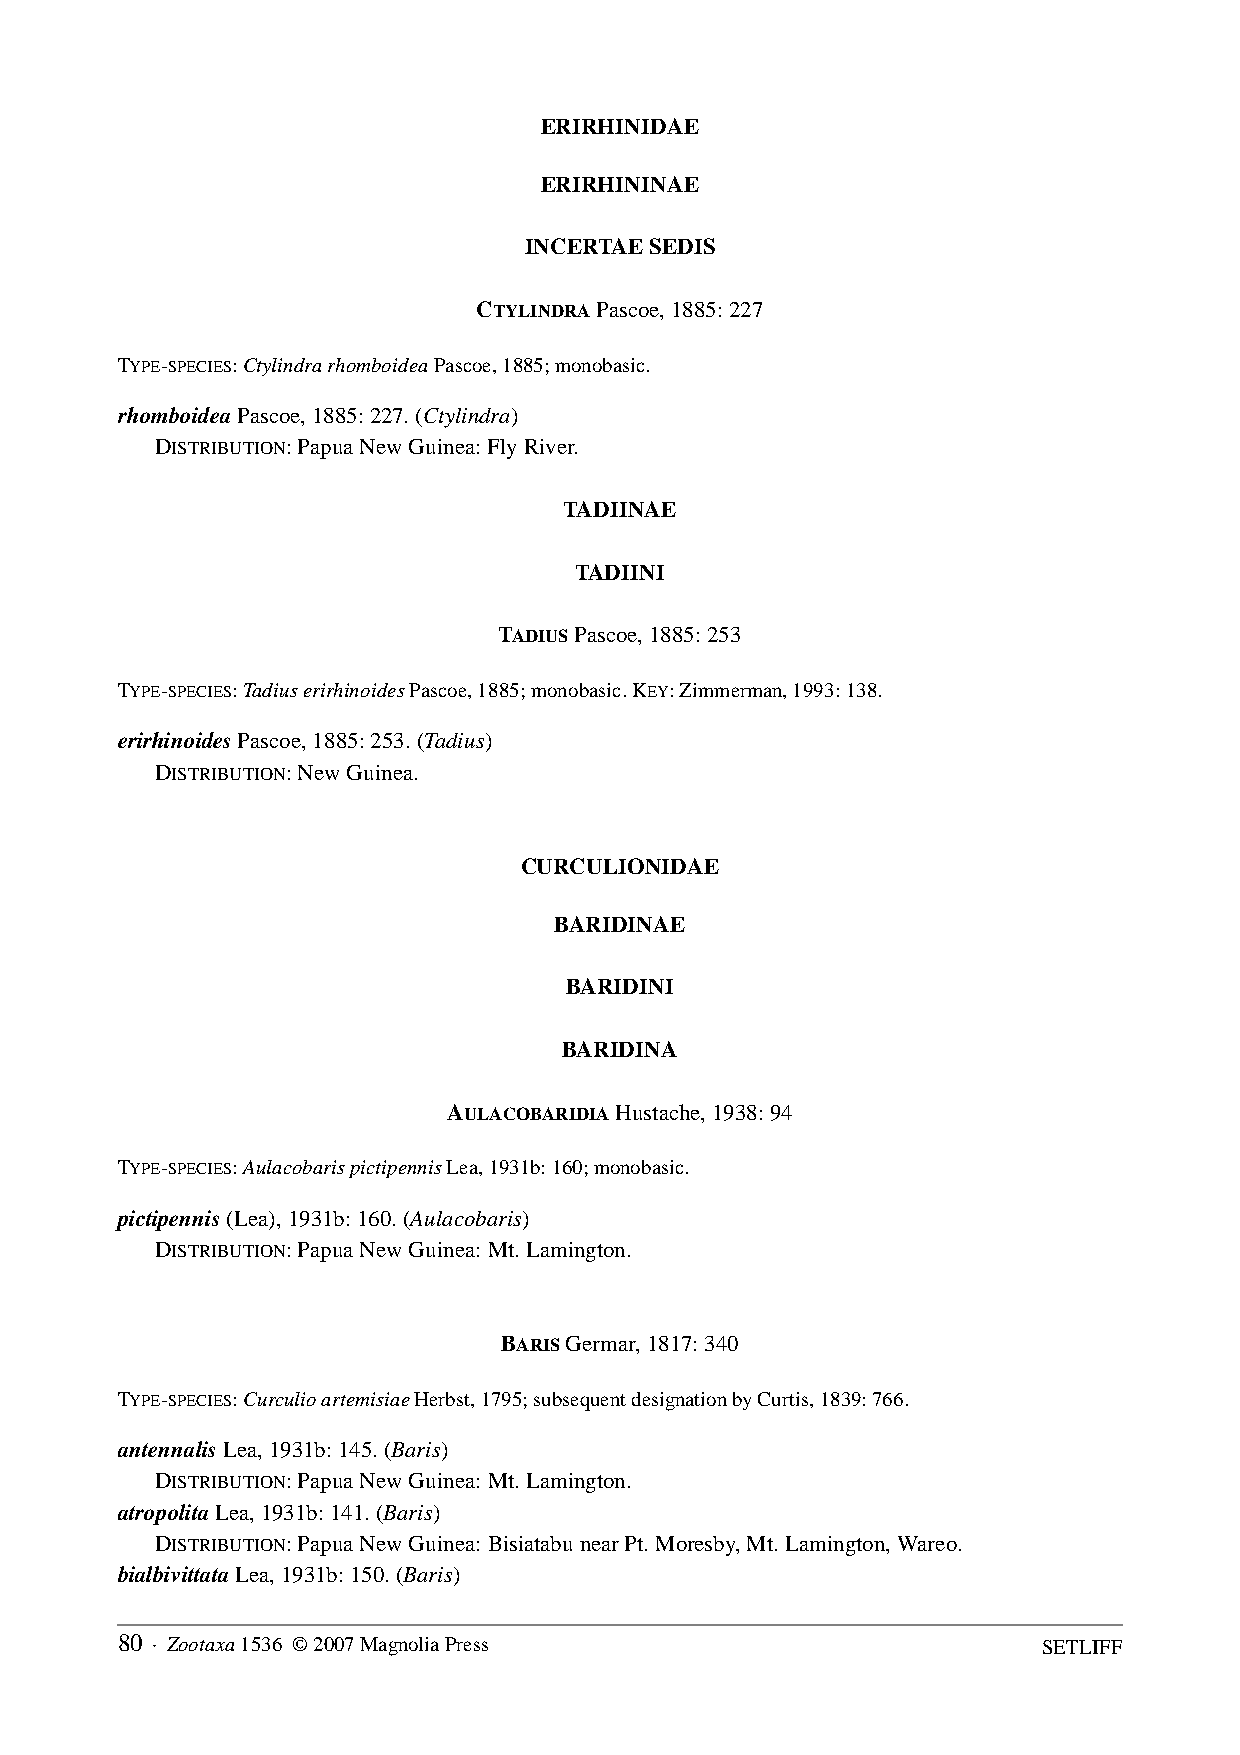
ERIRHINIDAE
 ERIRHININAE
 INCERTAE SEDIS
 CTYLINDRA Pascoe, 1885: 227
 TYPE-SPECIES: Ctylindra rhomboidea Pascoe, 1885; monobasic.
 rhomboidea Pascoe, 1885: 227. (Ctylindra)
 DISTRIBUTION: Papua New Guinea: Fly River.
 TADIINAE
 TADIINI
 TADIUS Pascoe, 1885: 253
 TYPE-SPECIES: Tadius erirhinoides Pascoe, 1885; monobasic. KEY: Zimmerman, 1993: 138.
 erirhinoides Pascoe, 1885: 253. (Tadius)
 DISTRIBUTION: New Guinea.
 CURCULIONIDAE
 BARIDINAE
 BARIDINI
 BARIDINA
 AULACOBARIDIA Hustache, 1938: 94
 TYPE-SPECIES: Aulacobaris pictipennis Lea, 1931b: 160; monobasic.
 pictipennis (Lea), 1931b: 160. (Aulacobaris)
 DISTRIBUTION: Papua New Guinea: Mt. Lamington.
 BARIS Germar, 1817: 340
 TYPE-SPECIES: Curculio artemisiae Herbst, 1795; subsequent designation by Curtis, 1839: 766.
 antennalis Lea, 1931b: 145. (Baris)
 DISTRIBUTION: Papua New Guinea: Mt. Lamington.
 atropolita Lea, 1931b: 141. (Baris)
 DISTRIBUTION: Papua New Guinea: Bisiatabu near Pt. Moresby, Mt. Lamington, Wareo.
 bialbivittata Lea, 1931b: 150. (Baris)
 80 · Zootaxa 1536 © 2007 Magnolia Press                      SETLIFF